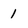
Character: 1